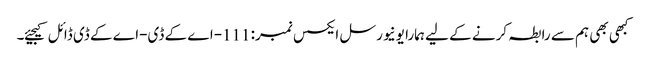
کبھی بھی ہم سے رابطہ کرنے کے لیے ہمارا یونیورسل ایکسس نمبر: 111-اے کے ڈی-اے کے ڈی ڈائل کیجیئے۔